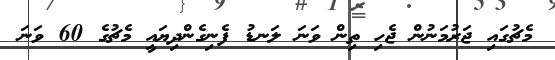
މެޗުގައި ޖަރުމަނުން ޖެހި ތިން ވަނަ ލަނޑު ފެނިގެންދިޔައީ މެޗުގެ 60 ވަނަ